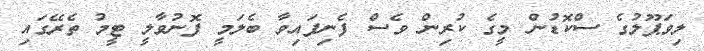
ލިވަޕޫލުގެ ސްކޮޑުން މީގެ ކުރިން ވެސް ފެނިފައިވާ ބެލަމީ ފޮނުވާލީ ޓީމު ތެރޭގައި